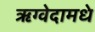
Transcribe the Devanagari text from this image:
ऋग्वेदामधे